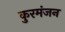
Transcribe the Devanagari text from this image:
कुरमंजन